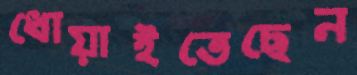
ধোয়াইতেছেন